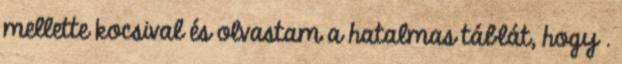
mellette kocsival és olvastam a hatalmas táblát, hogy .